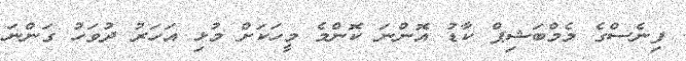
ފިނެސްގެ މެމްބަޝިޕް ކާޑު އޮންނަ ކޮންމެ މީހަކަށް މުޅި އަހަރު ދުވަހު ގަންނަ